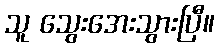
သူ သွေးအေးသွားပြီ။